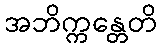
အဘိက္ကန္တေတိ